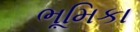
ભૂમિકા